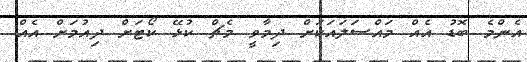
އެންމެ ބޮޑު އެއް މައްސަލައަކަށް ދިމާވީ މެޗް ކުޅޭ ކޯޓަށް ދިއުމަށް އެއް